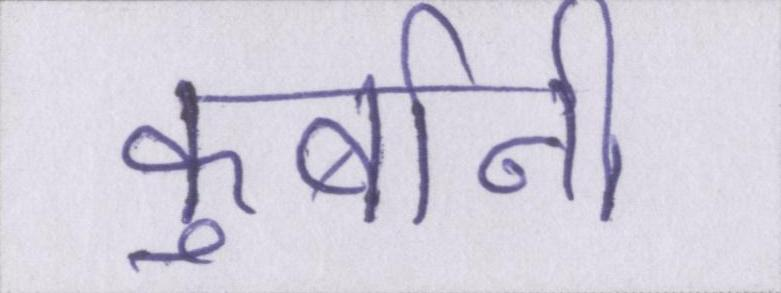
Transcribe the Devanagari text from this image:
कुर्बानी